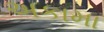
અકામા